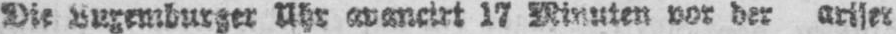
Die Luxemburger Uhr avancirt 17 Minuten vor der ariser